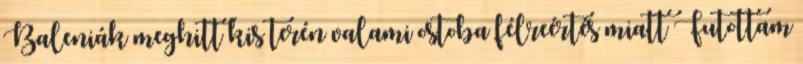
Baleniák meghitt kis terén valami ostoba félreértés miatt Futottam